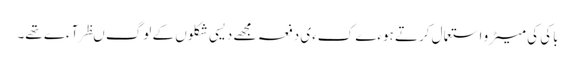
باکی کی میٹرو استعمال کرتے ہوءے کءی دفعہ مجھے دیسی شکلوں کے لوگ ںظر آءے تھے۔